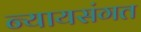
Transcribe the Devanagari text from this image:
न्‍यायसंगत